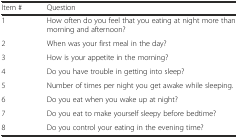
<table><thead><tr><td><b>Item #</b></td><td><b>Question</b></td></tr></thead><tbody><tr><td>1</td><td>How often do you feel that you eating at night more than morning and afternoon?</td></tr><tr><td>2</td><td>When was your first meal in the day?</td></tr><tr><td>3</td><td>How is your appetite in the morning?</td></tr><tr><td>4</td><td>Do you have trouble in getting into sleep?</td></tr><tr><td>5</td><td>Number of times per night you get awake while sleeping.</td></tr><tr><td>6</td><td>Do you eat when you wake up at night?</td></tr><tr><td>7</td><td>Do you eat to make yourself sleepy before bedtime?</td></tr><tr><td>8</td><td>Do you control your eating in the evening time?</td></tr></tbody></table>